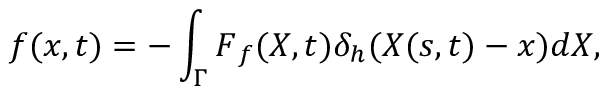
\boldsymbol { f } ( \boldsymbol { x } , t ) = - \int _ { \Gamma } \boldsymbol { F } _ { f } ( \boldsymbol { X } , t ) \delta _ { h } ( \boldsymbol { X } ( s , t ) - \boldsymbol { x } ) d \boldsymbol { X } ,